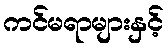
ကင်မရာများနှင့်